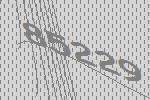
85229